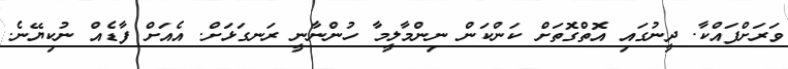
ވަރަށްފައްކާ. ދީނުގައި އޮތްގޮތަށް ކަންކަން ނިންމާލީމާ ހުންނާނީ ރަނގަޅަށް. އެއަށް ފާޑެއް ނުކިޔޭނެ.